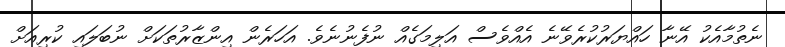
ނެތުމާއެކު އޭނާ ހައްޔަރުކުރެވޭނެ އެއްވެސް އަލިމަގެއް ނުފެނުނެވެ. އަހަރެން އިންޒާރުތަކަށް ނުބަލައި ކުރިއަށް